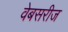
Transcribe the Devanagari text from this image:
वेबसरीज